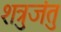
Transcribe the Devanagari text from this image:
शत्रुजंतु